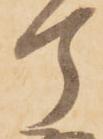
丁